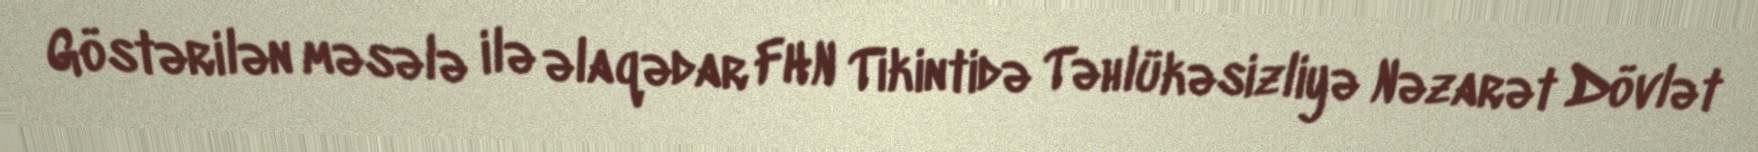
Göstərilən məsələ ilə əlaqədar FHN Tikintidə Təhlükəsizliyə Nəzarət Dövlət